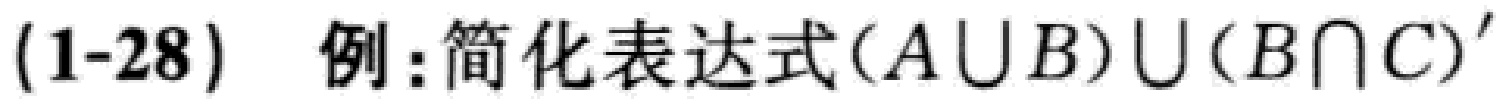
(1-28) 例: 简化表达式$(A\cup B)\cup (B\cap C)'$